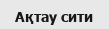
Ақтау сити